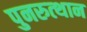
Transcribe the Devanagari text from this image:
पुनरुत्‍थान